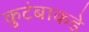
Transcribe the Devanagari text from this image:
कुटंबाकडे